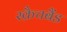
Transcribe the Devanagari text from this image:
स्क्रैचबैंड